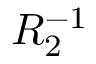
R _ { 2 } ^ { - 1 }